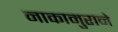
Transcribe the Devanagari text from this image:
नाकामुराने